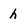
Character: h